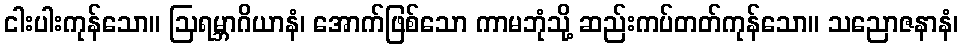
ငါးပါးကုန်သော။ ဩရမ္ဘာဂိယာနံ၊ အောက်ဖြစ်သော ကာမဘုံသို့ ဆည်းကပ်တတ်ကုန်သော။ သညောဇနာနံ၊